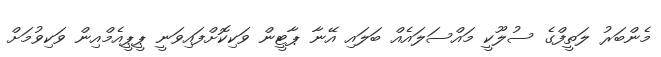
މެންބަރު ލަތީފްގެ ސުލޫކީ މައްސަލައެއް ބަލައި އޭނާ ޕާޓީން ވަކިކޮށްފައިވަނީ ޕީޕީއެމްއިން ވަކިވުމަށް